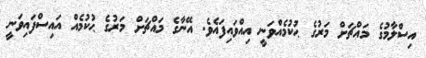
އިސްލާމުގެ މައްޗަށް މަރުގެ ޙުކުމެއްވަނީ އިއްވައިފައެވެ. އޭނާގެ މައްޗަށް މަރުގެ ޙުކުމެއް އައިސްފައިވަނީ